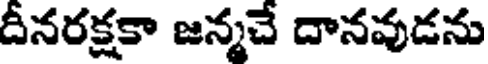
దీనరక్షకా జన్మచే దానవుడను